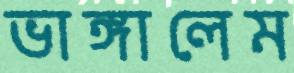
ভাঙ্গালেম